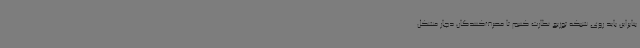
بنابراین باید روی شبکه توزیع نظارت کنیم تا مصرف‌کنندگان دچار مشکل